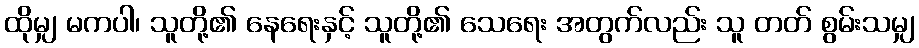
ထိုမျှ မကပါ၊ သူတို့၏ နေရေးနှင့် သူတို့၏ သေရေး အတွက်လည်း သူ တတ် စွမ်းသမျှ